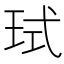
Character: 𪻙